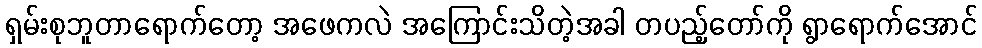
ရှမ်းစုဘူတာရောက်တော့ အဖေကလဲ အကြောင်းသိတဲ့အခါ တပည့်တော်ကို ရွာရောက်အောင်